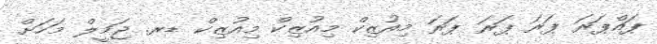
ޕައްޕަރަ ޕަރަ ޕަރަ ޕަރަ މިއުޒިކް މިއުޒިކް މިއުޒިކް ޑރ. ޖަމީލް މަހަށް